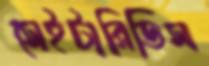
সেইটারিডিস